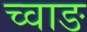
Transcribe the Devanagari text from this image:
च्वाङ